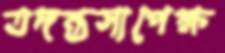
তদন্তসাপেক্ষ